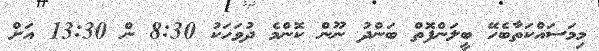
މިމަސައްކަތާބެހޭ ބީލަންފޮތް ބަންދު ނޫން ކޮންމެ ދުވަހަކު 8:30 ން 13:30 އަށް